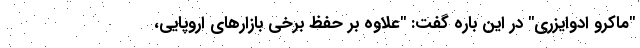
"ماکرو ادوایزری" در این باره گفت: "علاوه بر حفظ برخی بازارهای اروپایی،